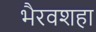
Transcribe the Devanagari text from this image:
भैरवशहा